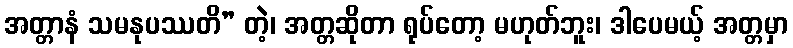
အတ္တာနံ သမနုပဿတိ” တဲ့၊ အတ္တဆိုတာ ရုပ်တော့ မဟုတ်ဘူး၊ ဒါပေမယ့် အတ္တမှာ